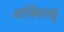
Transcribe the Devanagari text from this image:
आक्किस्डू